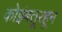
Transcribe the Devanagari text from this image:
कोइंबतूरहून